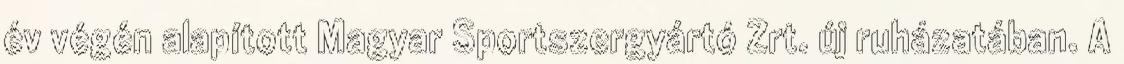
év végén alapított Magyar Sportszergyártó Zrt. új ruházatában. A